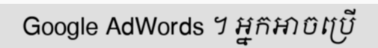
Google AdWords ។ អ្នកអាចប្រើ